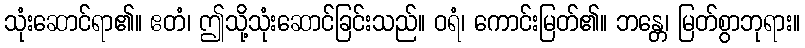
သုံးဆောင်ရာ၏။ ဧတံ၊ ဤသို့သုံးဆောင်ခြင်းသည်။ ဝရံ၊ ကောင်းမြတ်၏။ ဘန္တေ၊ မြတ်စွာဘုရား။